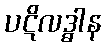
ပဋိလဒ္ဓါန